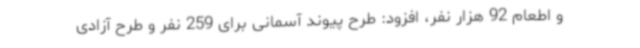
و اطعام 92 هزار نفر، افزود: طرح پیوند آسمانی برای 259 نفر و طرح آزادی